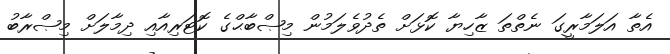
އެތާ އަލަމާރީގަ ނެތްތަ ޒާހިޔާ ކޮޅަށް ތެދުވެލަމުން މިޞްބާޙްގެ ކޮޓަރިއާއި ދިމާލަށް މިޞްރާބު